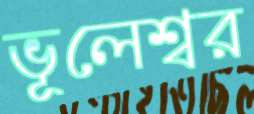
ভূলেশ্বর